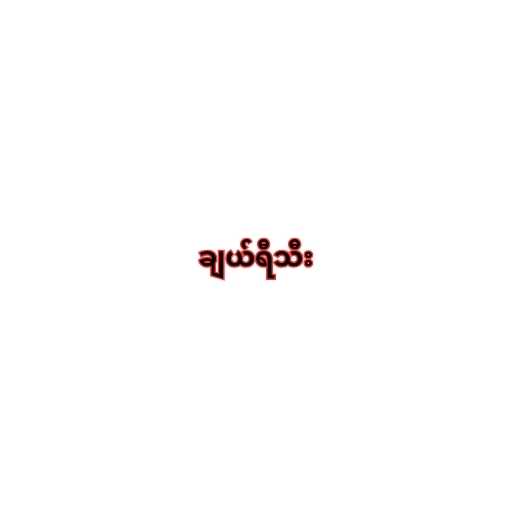
ချယ်ရီသီး